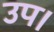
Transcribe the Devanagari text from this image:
उप।